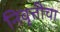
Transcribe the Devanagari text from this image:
निवृत्तीचा